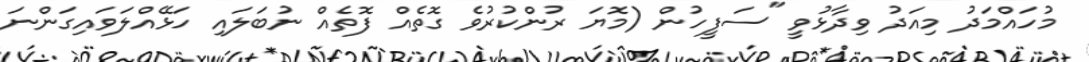
މުހައްމަދު މިއަދު ވިދާޅުވީ "ސަފީހުން (މޮޔަ ރުންކުރުވެ ގޮތެއް ފޮތެއް ނުބަލައި ހަޅޭއްލަވައިގަންނަ